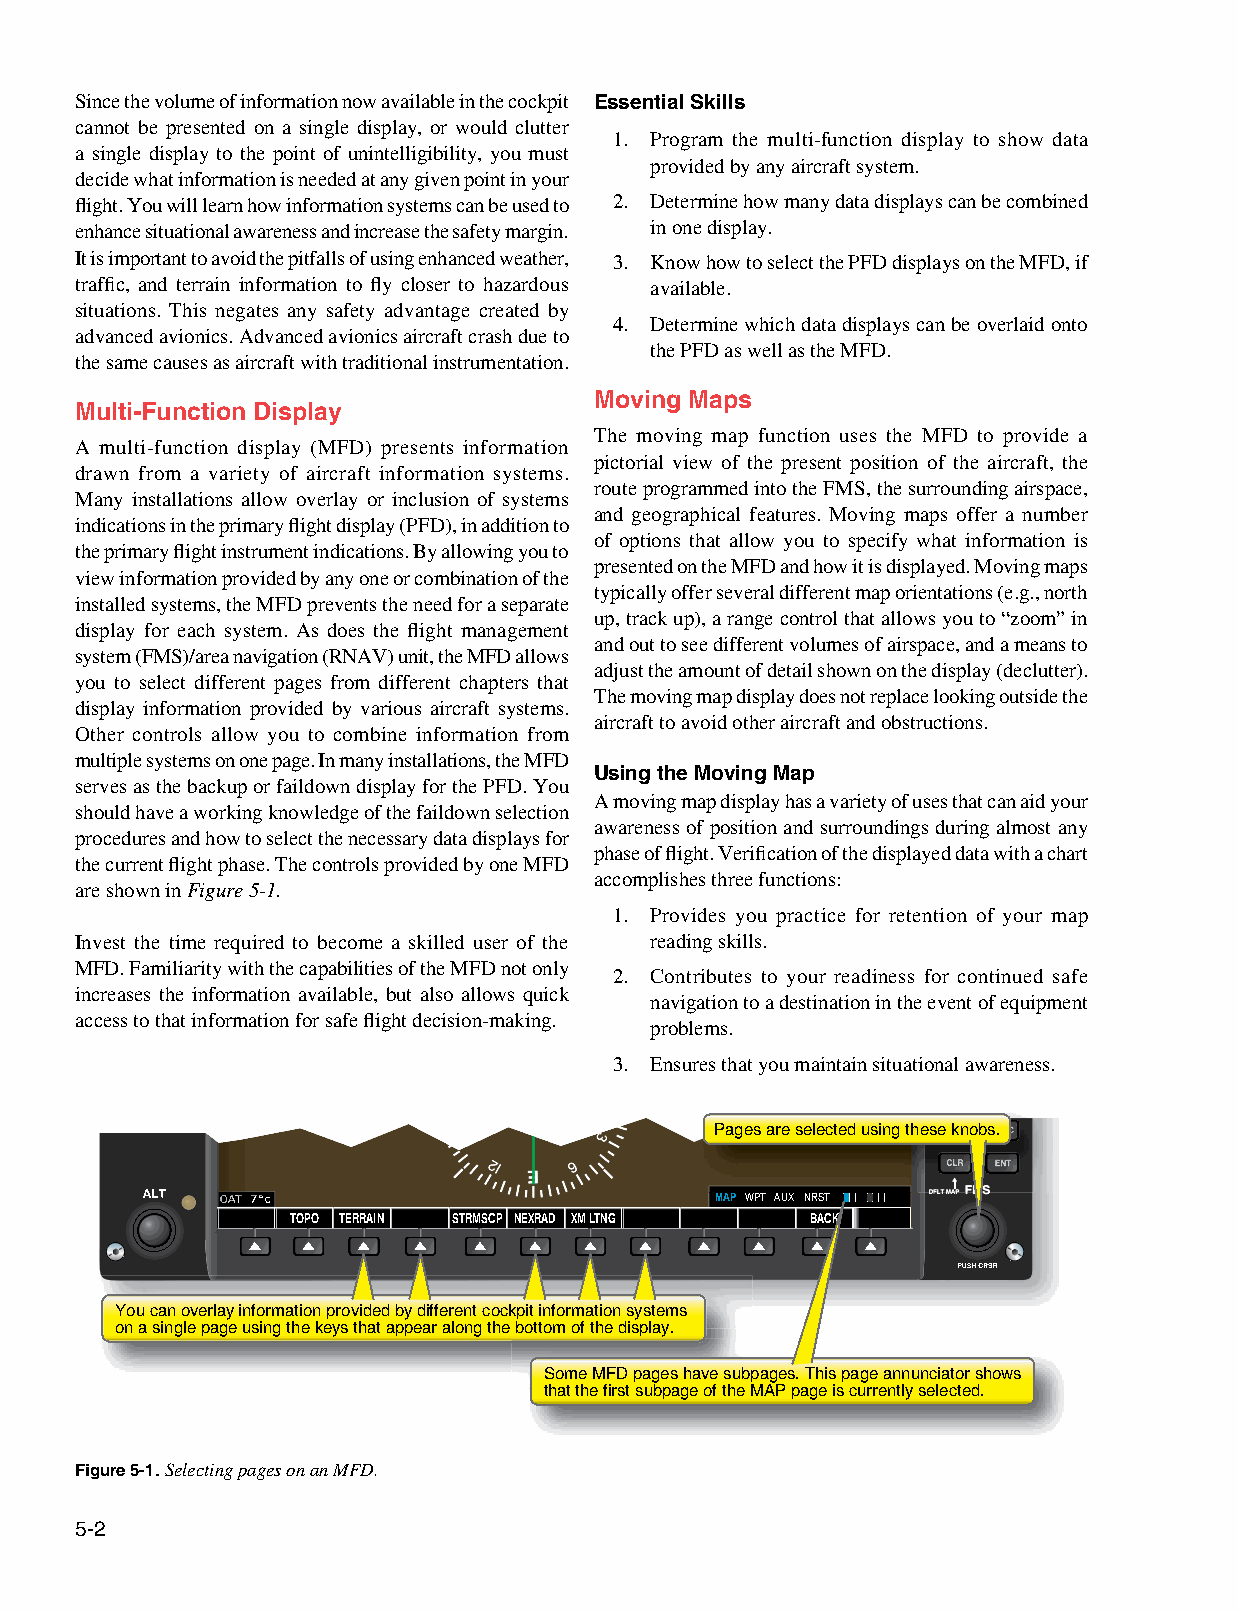
Since the volume of information now available in the cockpit Essential Skills
 cannot be presented on a single display, or would clutter
 1. Program the multi‑function display to show data
 a single display to the point of unintelligibility, you must
 provided by any aircraft system.
 decide what information is needed at any given point in your
 flight. You will learn how information systems can be used to 2. Determine how many data displays can be combined
 enhance situational awareness and increase the safety margin. in one display.
 It is important to avoid the pitfalls of using enhanced weather, 3. Know how to select the PFD displays on the MFD, if
 traffic, and terrain information to fly closer to hazardous available.
 situations. This negates any safety advantage created by
 4. Determine which data displays can be overlaid onto
 advanced avionics. Advanced avionics aircraft crash due to
 the PFD as well as the MFD.
 the same causes as aircraft with traditional instrumentation.
 Moving Maps
 Multi-Function Display
 The moving map function uses the MFD to provide a
 A multi‑function display (MFD) presents information
 pictorial view of the present position of the aircraft, the
 drawn from a variety of aircraft information systems.
 route programmed into the FMS, the surrounding airspace,
 Many installations allow overlay or inclusion of systems
 and geographical features. Moving maps offer a number
 indications in the primary flight display (PFD), in addition to
 of options that allow you to specify what information is
 the primary flight instrument indications. By allowing you to
 presented on the MFD and how it is displayed. Moving maps
 view information provided by any one or combination of the
 typically offer several different map orientations (e.g., north
 installed systems, the MFD prevents the need for a separate
 up, track up), a range control that allows you to “zoom” in
 display for each system. As does the flight management
 and out to see different volumes of airspace, and a means to
 system (FMS)/area navigation (RNAV) unit, the MFD allows
 adjust the amount of detail shown on the display (declutter).
 you to select different pages from different chapters that
 The moving map display does not replace looking outside the
 display information provided by various aircraft systems.
 aircraft to avoid other aircraft and obstructions.
 Other controls allow you to combine information from
 multiple systems on one page. In many installations, the MFD
 Using the Moving Map
 serves as the backup or faildown display for the PFD. You
 A moving map display has a variety of uses that can aid your
 should have a working knowledge of the faildown selection
 awareness of position and surroundings during almost any
 procedures and how to select the necessary data displays for
 phase of flight. Verification of the displayed data with a chart
 the current flight phase. The controls provided by one MFD
 accomplishes three functions:
 are shown in Figure 5-1.
 1. Provides you practice for retention of your map
 Invest the time required to become a skilled user of the reading skills.
 MFD. Familiarity with the capabilities of the MFD not only
 2. Contributes to your readiness for continued safe
 increases the information available, but also allows quick
 navigation to a destination in the event of equipment
 access to that information for safe flight decision-making.
 problems.
 3. Ensures that you maintain situational awareness.
 Pages are selected using these knobs.
 OOOOAAAATTTT 77°°CC             MAP WPT AUX NRST
 TOPO TERRAIN STRMSCP NEXRAD XM LTNG BACK
 You can overlay information provided by different cockpit information systems
 on a single page using the keys that appear along the bottom of the display.
 Some MFD pages have subpages. This page annunciator shows
 that the first subpage of the MAP page is currently selected.
 Figure 5-1. Selecting pages on an MFD.
 5-2